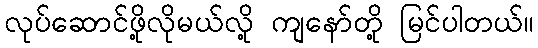
လုပ်ဆောင်ဖို့လိုမယ်လို့ ကျနော်တို့ မြင်ပါတယ်။